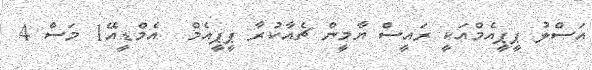
އަސްލު ޕީޕީއެމްއަކީ ރައީސް ޔާމީން ޗެއާކުރާ ޕީޕީއެމް  އެމްޑީއޭ1 މަސް 4